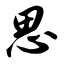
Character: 思